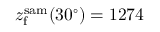
z _ { \mathrm { f } } ^ { \mathrm { s a m } } ( 3 0 ^ { \circ } ) = 1 2 7 4